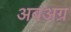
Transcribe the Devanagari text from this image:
अबअग्र